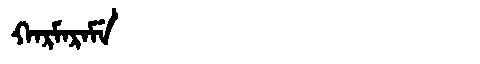
Manchu: ᡴᠠᡵᠮᠠᡵᠠᠮᡝ
Romanization: KARMARAME